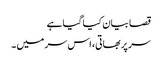
قصا بیان کیا گیا ہے
سر پربھاتی، اس سر میں ۔